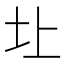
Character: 圵